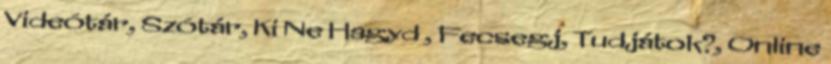
Videótár, Szótár, Ki Ne Hagyd , Fecsegj, Tudjátok?, Online